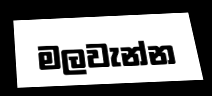
මලවැන්න